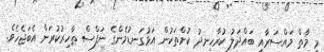
މި މާތް މައްސަރާއި ބައްދަލު ކުރާހިނދު ކުށްތަކުން އަޅުގަނޑުމެންގެ ނަފްސް ޠާހިރުކުރަން އެބަޖެހެވެ.